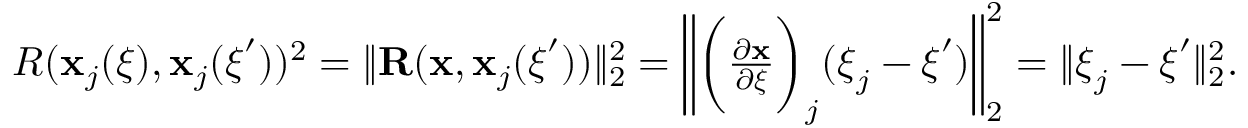
\begin{array} { r } { R ( \mathbf { x } _ { j } ( \boldsymbol { \xi } ) , \mathbf { x } _ { j } ( \boldsymbol { \xi } ^ { \prime } ) ) ^ { 2 } = \| \mathbf { R } ( \mathbf { x } , \mathbf { x } _ { j } ( \boldsymbol { \xi } ^ { \prime } ) ) \| _ { 2 } ^ { 2 } = \bigg \| \bigg ( \frac { \partial \mathbf { x } } { \partial \boldsymbol { \xi } } \bigg ) _ { j } ( \boldsymbol { \xi } _ { j } - \boldsymbol { \xi } ^ { \prime } ) \bigg \| _ { 2 } ^ { 2 } = \| \boldsymbol { \xi } _ { j } - \boldsymbol { \xi } ^ { \prime } \| _ { 2 } ^ { 2 } . } \end{array}